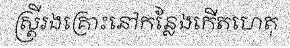
ស្ត្រីរងគ្រោះនៅកន្លែងកើតហេតុ